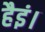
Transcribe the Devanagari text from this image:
हैइं।